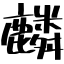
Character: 麟